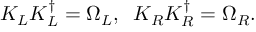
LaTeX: K _ { L } K _ { L } ^ { \dagger } = \Omega _ { L } , \; \; K _ { R } K _ { R } ^ { \dagger } = \Omega _ { R } .